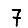
Digit: 7